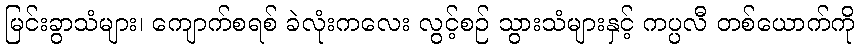
မြင်းခွာသံများ၊ ကျောက်စရစ် ခဲလုံးကလေး လွင့်စဉ် သွားသံများနှင့် ကပ္ပလီ တစ်ယောက်ကို